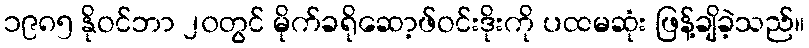
၁၉၈၅ နိုဝင်ဘာ ၂၀တွင် မိုက်ခရိုဆော့ဖ်ဝင်းဒိုးကို ပထမဆုံး ဖြန့်ချိခဲ့သည်။